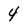
Character: 4